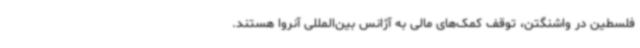
فلسطین در واشنگتن، توقف کمک‌های مالی به آژانس بین‌المللی آنروا هستند.